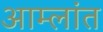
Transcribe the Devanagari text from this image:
आम्लांत